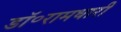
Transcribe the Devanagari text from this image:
डॉ॰रामधारी